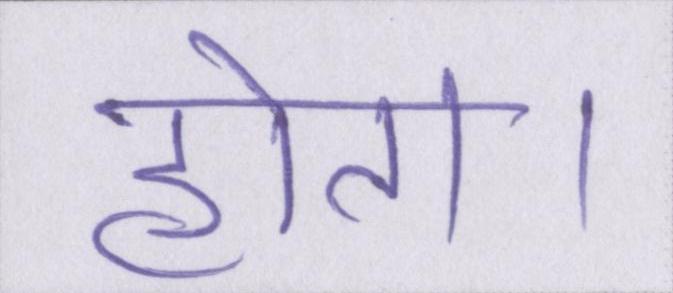
होता।